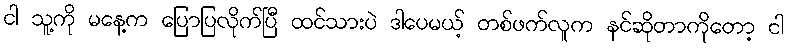
ငါ သူ့ကို မနေ့က ပြောပြလိုက်ပြီ ထင်သားပဲ ဒါပေမယ့် တစ်ဖက်လူက နင်ဆိုတာကိုတော့ ငါ